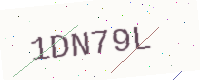
Text: 1DN79L